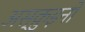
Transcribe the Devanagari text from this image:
अस्क़ुइनो